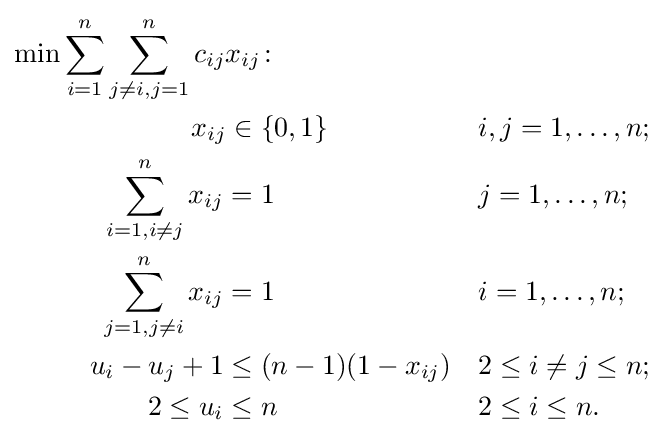
{\begin{aligned}\min \sum _{i=1}^{n}\sum _{j\neq i,j=1}^{n}c_{ij}x_{ij}&\colon &&\\x_{ij}\in {}&\{0,1\}&&i,j=1,\ldots ,n;\\\sum _{i=1,i\neq j}^{n}x_{ij}={}&1&&j=1,\ldots ,n;\\\sum _{j=1,j\neq i}^{n}x_{ij}={}&1&&i=1,\ldots ,n;\\u_{i}-u_{j}+1\leq {}&(n-1)(1-x_{ij})&&2\leq i\neq j\leq n;\\2\leq u_{i}\leq {}&n&&2\leq i\leq n.\end{aligned}}